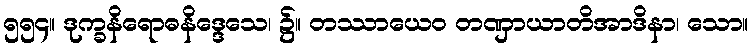
၅၅၄။ ဒုက္ခနိရောဓနိဒ္ဒေသေ၊ ၌။ တဿာယေဝ တဏှာယာတိအာဒိနာ၊ သော။